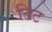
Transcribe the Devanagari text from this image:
टिट